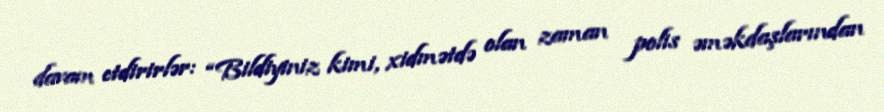
davam etdirirlər: “Bildiyiniz kimi, xidmətdə olan zaman polis əməkdaşlarından